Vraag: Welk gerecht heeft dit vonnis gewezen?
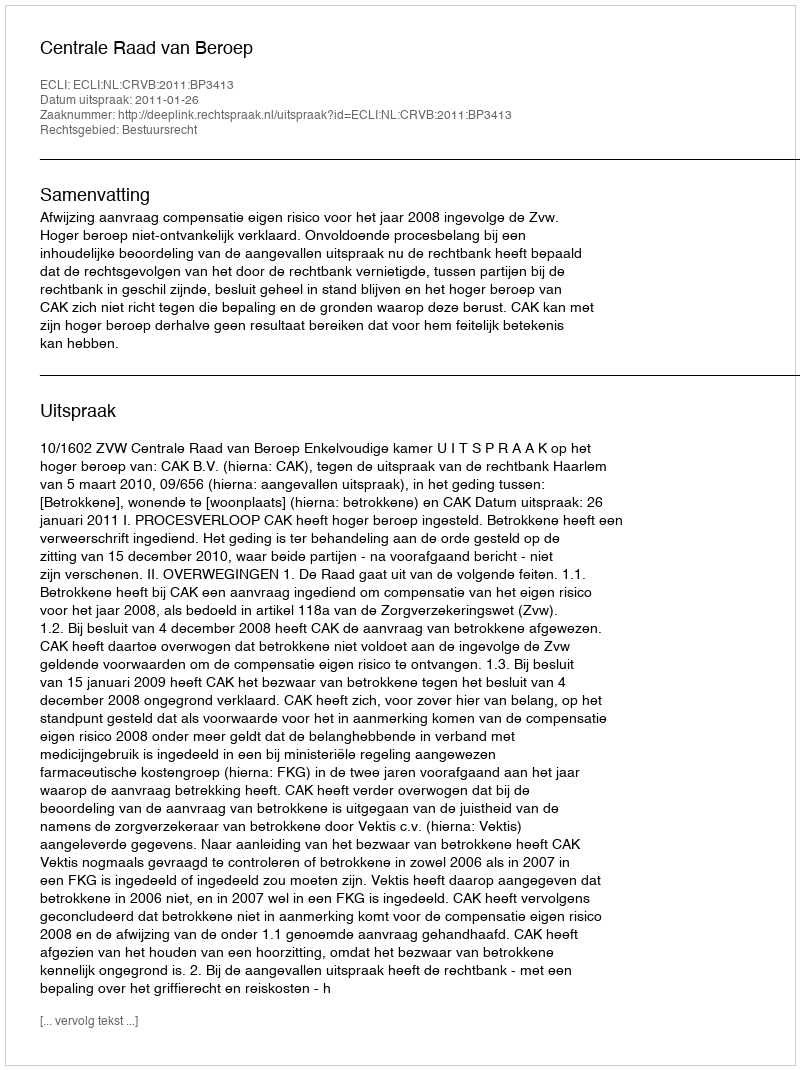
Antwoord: Centrale Raad van Beroep